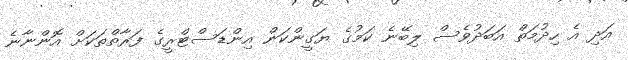
އަދި އެ ހިދުމަތް އަބަދުވެސް ލިބޭނެ ކަމުގެ ޔަގީންކަން އިންޑަސްޓްރީގެ ފަރާތްތަކަށް އޮންނާނެ